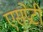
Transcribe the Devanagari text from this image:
एसप्रेटी